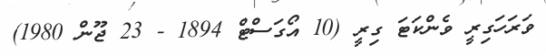
ވަރަހަގިރީ ވެންކަޓަ ގިރީ (10 އޯގަސްޓް 1894 - 23 ޖޫން 1980)